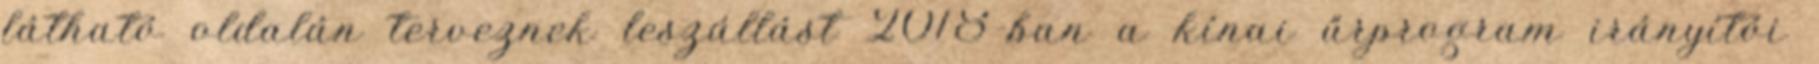
látható oldalán terveznek leszállást 2018-ban a kínai űrprogram irányítói